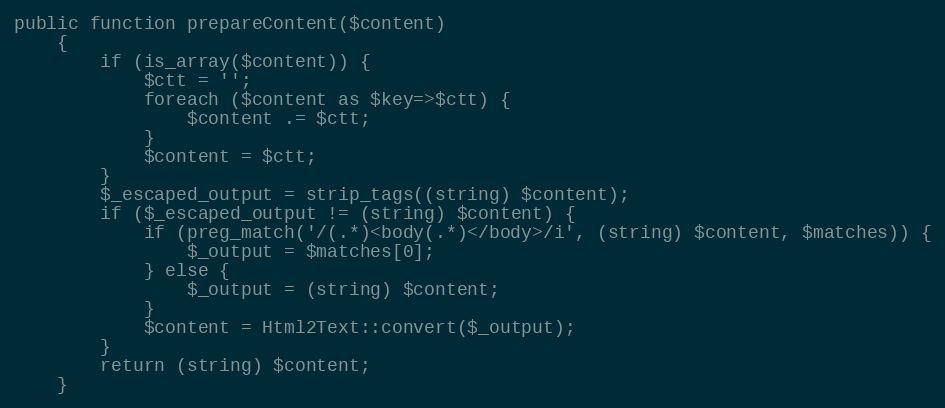
Language: PHP
public function prepareContent($content)
    {
        if (is_array($content)) {
            $ctt = '';
            foreach ($content as $key=>$ctt) {
                $content .= $ctt;
            }
            $content = $ctt;
        }
        $_escaped_output = strip_tags((string) $content);
        if ($_escaped_output != (string) $content) {
            if (preg_match('/(.*)<body(.*)</body>/i', (string) $content, $matches)) {
                $_output = $matches[0];
            } else {
                $_output = (string) $content;
            }
            $content = Html2Text::convert($_output);
        }
        return (string) $content;
    }